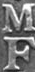
MF